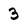
Character: 3